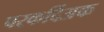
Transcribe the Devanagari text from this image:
परकर्दिअक